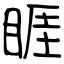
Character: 睚